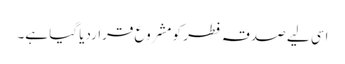
اسی لیے صدقہ فطر کو مشروع قراردیا گیا ہے۔